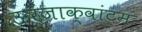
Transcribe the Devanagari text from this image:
ऊर्जाक्वांटम